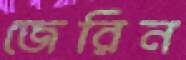
জেরিন